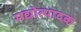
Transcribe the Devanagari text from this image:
मद्योत्पादक